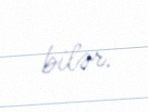
bilər.